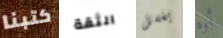
كتبنا الثقة يغسل أوه